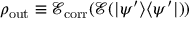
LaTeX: \rho _ { \operatorname { o u t } } \equiv { \mathcal { E } } _ { \operatorname { c o r r } } ( { \mathcal { E } } ( \vert \psi ^ { \prime } \rangle \langle \psi ^ { \prime } \vert ) )